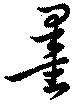
墨